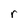
Character: r